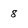
Character: 8